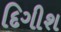
દિગીશ